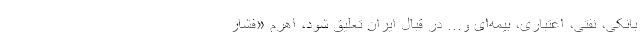
بانکی، نفتی، اعتباری، بیمه‌ای و... در قبال ایران تعلیق شود، اهرم «فشار